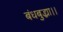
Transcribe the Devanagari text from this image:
बंधबुद्ध्या।।